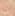
إن